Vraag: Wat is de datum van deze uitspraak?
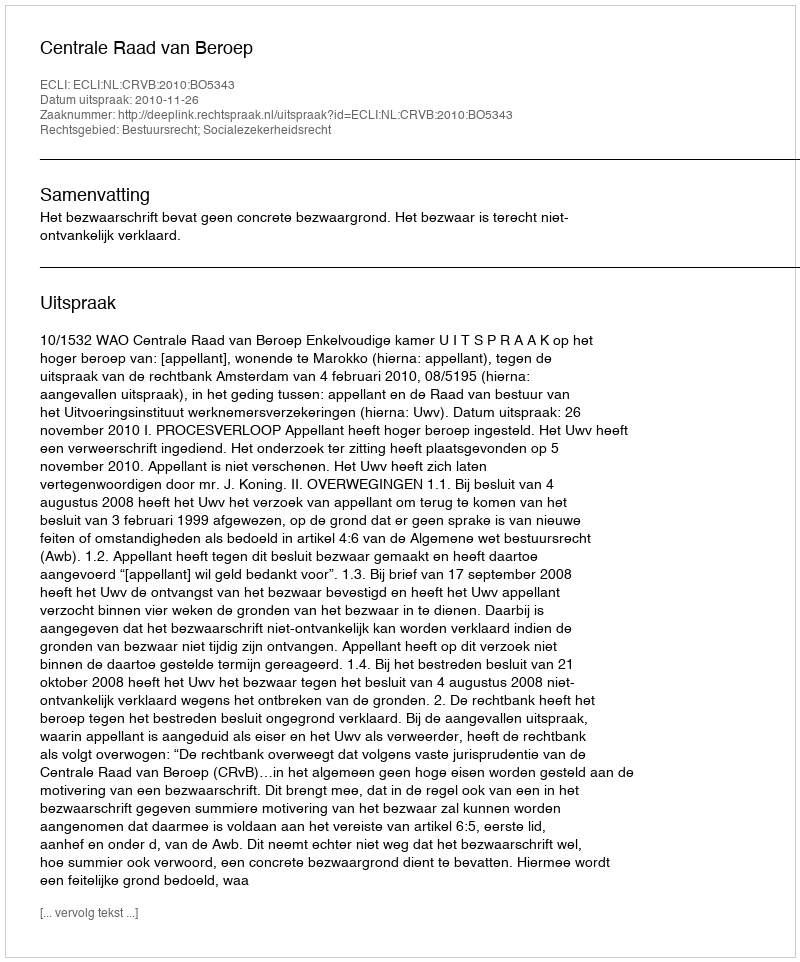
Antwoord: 2010-11-26